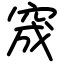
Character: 窚